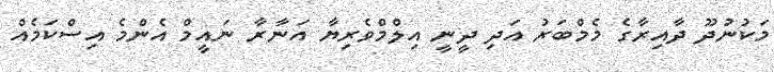
މަކުނުދޫ ދާއިރާގެ މެމްބަރު އަދި ދީނީ އިލްމްވެރިޔާ އަނާރާ ނައީމް އެންމެ އިސްކަމެއް